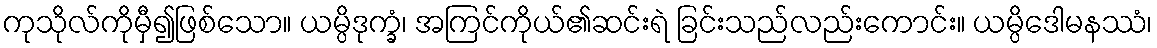
ကုသိုလ်ကိုမှီ၍ဖြစ်သော။ ယမ္ပိဒုက္ခံ၊ အကြင်ကိုယ်၏ဆင်းရဲ ခြင်းသည်လည်းကောင်း။ ယမ္ပိဒေါမနဿံ၊